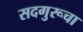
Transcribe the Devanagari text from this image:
सदगुरूचा